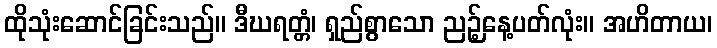
ထိုသုံးဆောင်ခြင်းသည်။ ဒီဃရတ္တံ၊ ရှည်စွာသော ညဉ့်နေ့ပတ်လုံး။ အဟိတာယ၊